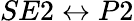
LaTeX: SE2\leftrightarrow P2